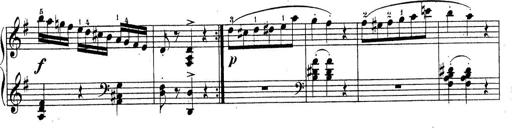
Title: Piano Sonatine No.2
Composer: Peter Piel
Key: G major